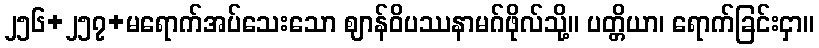
၂၅၆+၂၅၇+မရောက်အပ်သေးသော ဈာန်ဝိပဿနာမဂ်ဖိုလ်သို့။ ပတ္တိယာ၊ ရောက်ခြင်းငှာ။